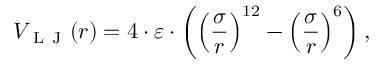
V _ { \mathrm { ~ L ~ J ~ } } ( r ) = 4 \cdot \varepsilon \cdot \left( \left( \frac { \sigma } { r } \right) ^ { 1 2 } - \left( \frac { \sigma } { r } \right) ^ { 6 } \right) ,